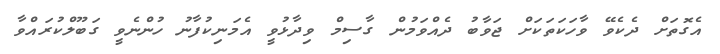
އެގޮތަށް ދެކެވޭ ވާހަކަތަކަށް ޖަވާބު ދެއްވަމުން ގާސިމް ވިދާޅުވީ އެމަނިކުފާނު ހުންނެވީ ގަބޫލްކުރައްވާ